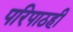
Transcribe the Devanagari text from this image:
परिपाठही